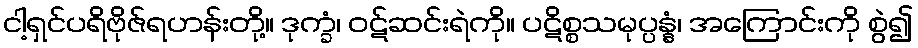
ငါ့ရှင်ပရိဗိုဇ်ရဟန်းတို့။ ဒုက္ခံ၊ ဝဋ်ဆင်းရဲကို။ ပဋိစ္စသမုပ္ပန္နံ၊ အကြောင်းကို စွဲ၍